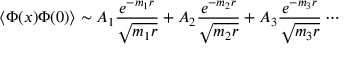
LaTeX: \langle \Phi ( x ) \Phi ( 0 ) \rangle \sim A _ { 1 } \frac { e ^ { - m _ { 1 } r } } { \sqrt { m _ { 1 } r } } + A _ { 2 } \frac { e ^ { - m _ { 2 } r } } { \sqrt { m _ { 2 } r } } + A _ { 3 } \frac { e ^ { - m _ { 3 } r } } { \sqrt { m _ { 3 } r } } \cdots